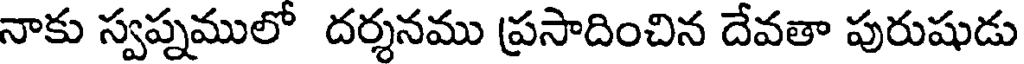
నాకు స్వప్నములో దర్శనము ప్రసాదించిన దేవతా పురుషుడు